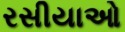
રસીયાઓ